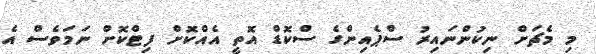
މި މެޗަށް ނިކުންނައިރު ސްޕެއިންގެ ސްކޮޑް އޮތީ އެއްކޮށް ފިޓްކޮށް ނަމަވެސް އެ